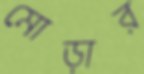
মোড়ার